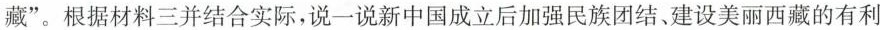
藏”。根据材料三并结合实际，说一说新中国成立后加强民族团结、建设美丽西藏的有利